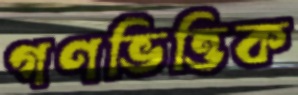
গণভিত্তিক